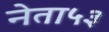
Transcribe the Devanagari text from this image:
नेता५३